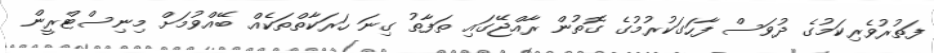
ފަތުރުވެރިކަމުގެ ދުވަސް ފާހަގަކުރުމުގެ ގޮތުން ރާއްޖޭގައި ތަފާތު ގިނަ ހަރަކާތްތަކެއް ބޭއްވުމަށް މިނިސްޓްރީން